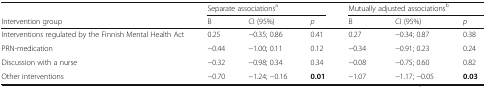
<table><thead><tr><td></td><td colspan="3"><b>Separate associations<sup>a</sup></b></td><td colspan="3"><b>Mutually adjusted associations<sup>b</sup></b></td></tr><tr><td><b>Intervention group</b></td><td><b>B</b></td><td><b>CI (95%)</b></td><td><b><i>p</i></b></td><td><b>B</b></td><td><b>CI (95%)</b></td><td><b><i>p</i></b></td></tr></thead><tbody><tr><td>Interventions regulated by the Finnish Mental Health Act</td><td>0.25</td><td>−0.35; 0.86</td><td>0.41</td><td>0.27</td><td>−0.34; 0.87</td><td>0.38</td></tr><tr><td>PRN-medication</td><td>−0.44</td><td>−1.00; 0.11</td><td>0.12</td><td>−0.34</td><td>−0.91; 0.23</td><td>0.24</td></tr><tr><td>Discussion with a nurse</td><td>−0.32</td><td>−0.98; 0.34</td><td>0.34</td><td>−0.08</td><td>−0.75; 0.60</td><td>0.82</td></tr><tr><td>Other interventions</td><td>−0.70</td><td>−1.24; −0.16</td><td><b>0.01</b></td><td>−1.07</td><td>−1.17; −0.05</td><td><b>0.03</b></td></tr></tbody></table>